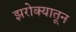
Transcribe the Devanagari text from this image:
झरोक्यातून